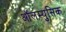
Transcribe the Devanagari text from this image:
ऑलम्युसिक